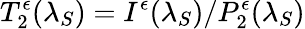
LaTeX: T_{2}^{\epsilon}(\lambda_{S})=I^{\epsilon}(\lambda_{S})/P_{2}^{\epsilon}(\lambda_{S})